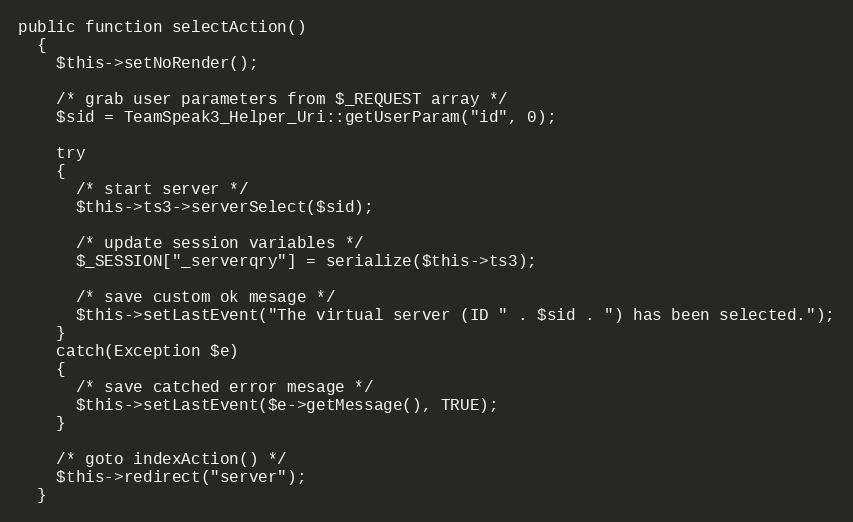
Language: PHP
public function selectAction()
  {
    $this->setNoRender();

    /* grab user parameters from $_REQUEST array */
    $sid = TeamSpeak3_Helper_Uri::getUserParam("id", 0);

    try
    {
      /* start server */
      $this->ts3->serverSelect($sid);

      /* update session variables */
      $_SESSION["_serverqry"] = serialize($this->ts3);

      /* save custom ok mesage */
      $this->setLastEvent("The virtual server (ID " . $sid . ") has been selected.");
    }
    catch(Exception $e)
    {
      /* save catched error mesage */
      $this->setLastEvent($e->getMessage(), TRUE);
    }

    /* goto indexAction() */
    $this->redirect("server");
  }